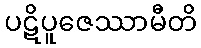
ပဋိပူဇေဿာမီတိ